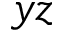
y z